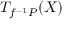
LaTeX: T _ { f ^ { - 1 } P } ( X )